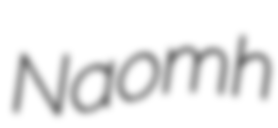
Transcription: Naomh